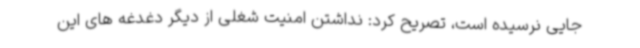
جایی نرسیده است، تصریح کرد: نداشتن امنیت شغلی از دیگر دغدغه های این